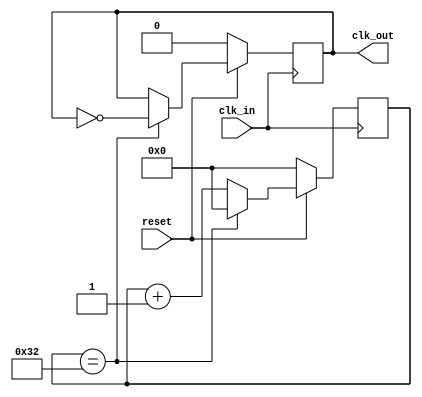
module clk_1us # (
        parameter CLKDIV = 50
    )(
        input clk_in,
        input reset,
        output reg clk_out
    );

    reg [7:0] counter;

    always @ (posedge clk_in) begin
        if (~reset) begin
            clk_out <= 1'b0;
            counter <= 8'h00;
        end
        else begin
            counter <= counter + 1'b1;

            if (counter == CLKDIV) begin
                counter <= 8'h00;
                clk_out <= ~clk_out;
            end
        end
    end
endmodule